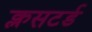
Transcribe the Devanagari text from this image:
क्लसटर्ड